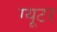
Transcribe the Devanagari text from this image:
ग्यूटर